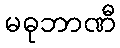
မဓုဘာဏီ